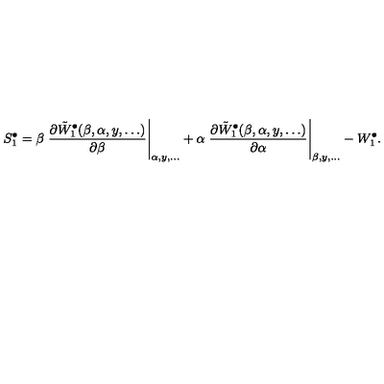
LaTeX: S _ { 1 } ^ { \bullet } = \beta \left. { \frac { \partial { \tilde { W } _ { 1 } ^ { \bullet } ( \beta , \alpha , y , \ldots ) } } { \partial \beta } } \right| _ { \alpha , y , \ldots } + \alpha \left. { \frac { \partial { \tilde { W } _ { 1 } ^ { \bullet } ( \beta , \alpha , y , \ldots ) } } { \partial \alpha } } \right| _ { \beta , y , \ldots } - W _ { 1 } ^ { \bullet } .